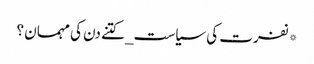
*نفرت کی سیاست_ کتنے دن کی مہمان ؟